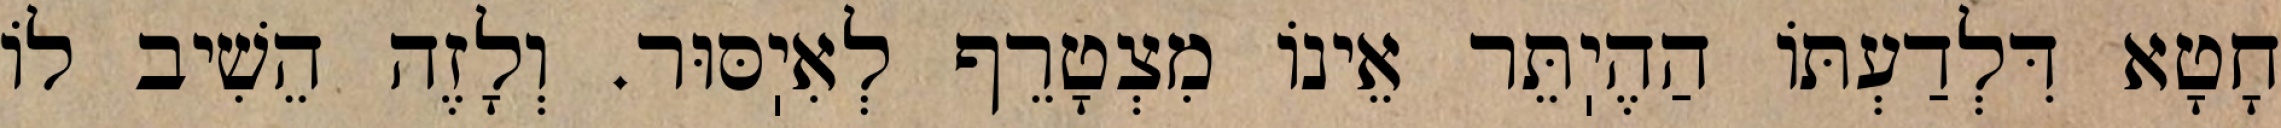
חָטָא דִּלְדַעְתּוֹ הַהֶיֽתֵּר אֵינוֹ מִצְטָרֵף לְאִיֽסּוּר. וְלָזֶה הֵשִׁיב לוֹ